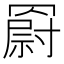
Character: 𦌍